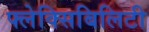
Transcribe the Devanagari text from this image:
फ्लेक्सिबिलिटी